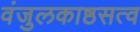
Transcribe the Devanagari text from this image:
वंजुलकाष्ठसत्व